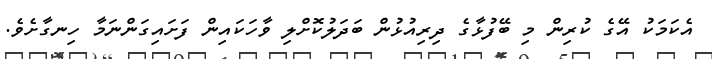
އެކަމަކު އޭގެ ކުރިން މި ބޭފުޅާގެ ދިރިއުޅުން ބަދަލުކޮށްލި ވާހަކައިން ފަށައިގަންނަމާ ހިނގާށެވެ.